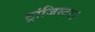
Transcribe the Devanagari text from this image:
ट्रांजिस्टर।